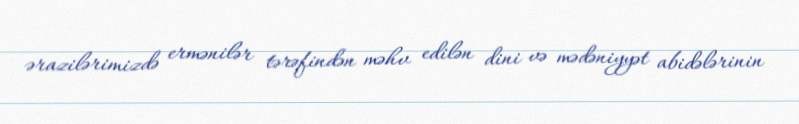
ərazilərimizdə ermənilər tərəfindən məhv edilən dini və mədəniyyət abidələrinin